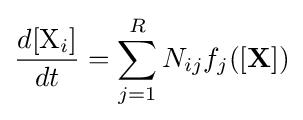
{\frac {d[{\ce {X}}_{i}]}{dt}}=\sum _{j=1}^{R}N_{ij}f_{j}([\mathbf {X} ])